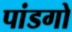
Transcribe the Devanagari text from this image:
पांडगो